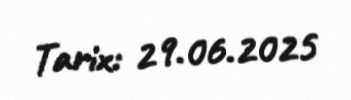
Tarix: 29.06.2025